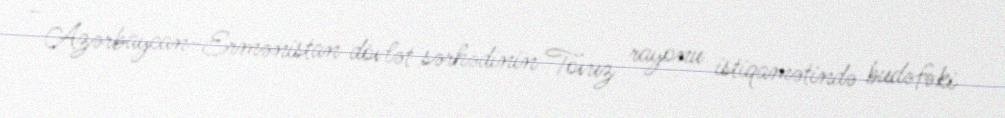
- Azərbaycan-Ermənistan dövlət sərhədinin Tovuz rayonu istiqamətində budəfəki